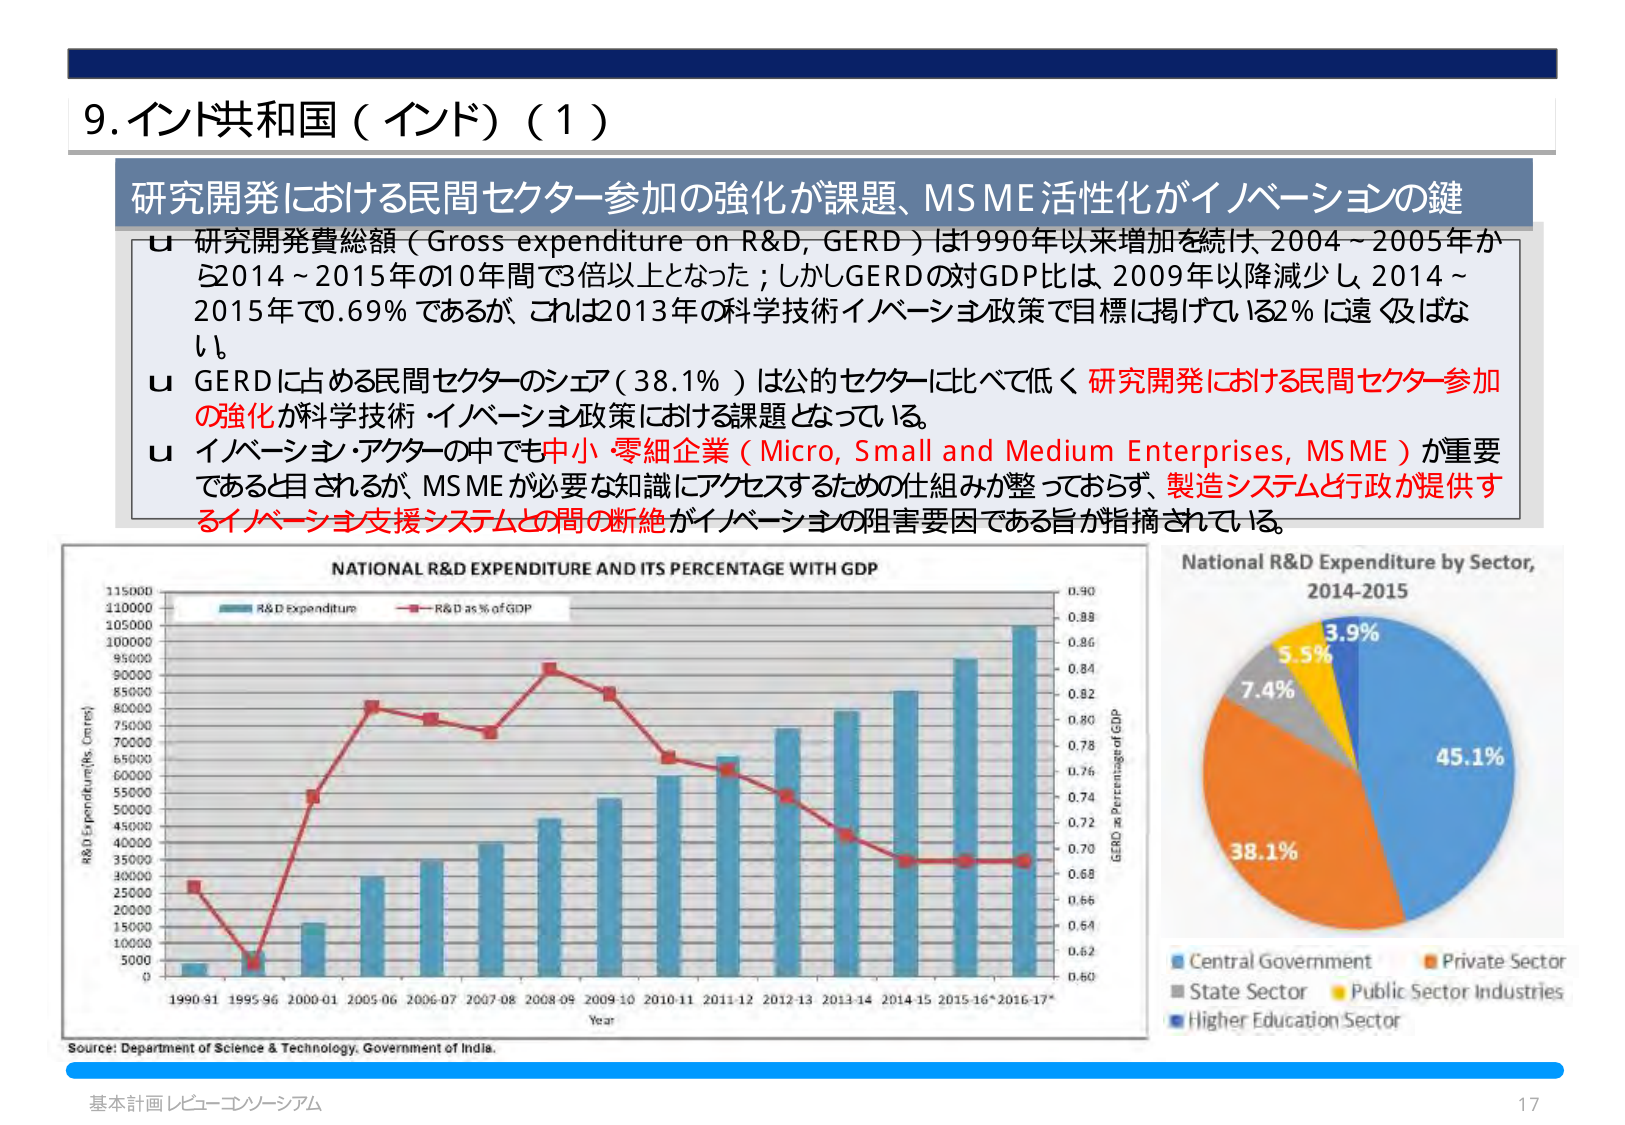
9. インド共和国（インド）（1）

研究開発における民間セクター参加の強化が課題、MSME活性化がイノベーションの鍵

u 研究開発費総額（Gross expenditure on R&D, GERD）は1990年以来増加を続け、2004～2005年から2014～2015年の10年間で3倍以上となった；しかしGERDの対GDP比は 2009年以降減少し 2014～2015年で0.69％であるが、これは2013年の科学技術イノベーション政策で目標に掲げている2％に遠く及ばない。

u GERDに占める民間セクターのシェア（38.1％）は公的セクターに比べて低く、研究開発における民間セクター参加の強化が科学技術・イノベーション政策における課題となっている。

u イノベーション・アクターの中でも中小・零細企業（Micro, Small and Medium Enterprises, MSME）が重要であると目されるが、MSMEが必要な知識にアクセスするための仕組みが整っておらず、製造システムと行政が提供するイノベーション支援システムとの間の断絶がイノベーションの阻害要因である旨が指摘されている。

NATIONAL R&D EXPENDITURE AND ITS PERCENTAGE WITH GDP

R&D Expenditure (Rs. Crores)
115000
110000
105000
100000
95000
90000
85000
80000
75000
70000
65000
60000
55000
50000
45000
40000
35000
30000
25000
20000
15000
10000
5000
0

R&D expenditure
R&D as % of GDP

Year
1990-91 1995-96 2000-01 2005-06 2006-07 2007-08 2008-09 2009-10 2010-11 2011-12 2012-13 2013-14 2014-15 2015-16* 2016-17*

GERD as Percentage of GDP
0.90
0.88
0.86
0.84
0.82
0.80
0.78
0.76
0.74
0.72
0.70
0.68
0.66
0.64
0.62
0.60

Source: Department of Science & Technology, Government of India.

National R&D Expenditure by Sector, 2014-2015

3.9%
5.5%
7.4%
38.1%
45.1%

Central Government
Private Sector
State Sector
Public Sector Industries
Higher Education Sector

基本計画レビュー・コンソーシアム
17